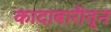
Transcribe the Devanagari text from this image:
कादाबारीतून